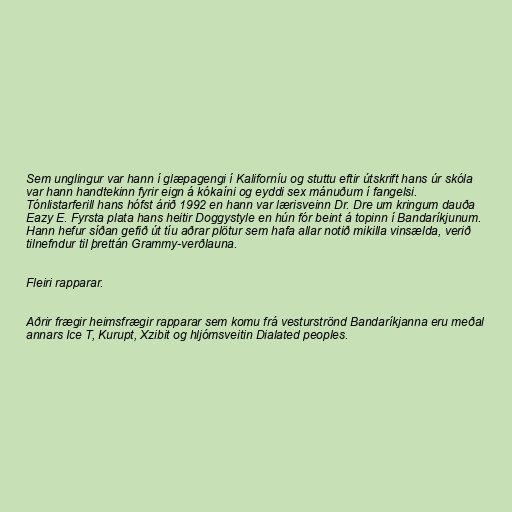
Sem unglingur var hann í glæpagengi í Kaliforníu og stuttu eftir útskrift hans úr skóla
var hann handtekinn fyrir eign á kókaíni og eyddi sex mánuðum í fangelsi.
Tónlistarferill hans hófst árið 1992 en hann var lærisveinn Dr. Dre um kringum dauða
Eazy E. Fyrsta plata hans heitir Doggystyle en hún fór beint á topinn í Bandaríkjunum.
Hann hefur síðan gefið út tíu aðrar plötur sem hafa allar notið mikilla vinsælda, verið
tilnefndur til þrettán Grammy-verðlauna.

Fleiri rapparar.

Aðrir frægir heimsfrægir rapparar sem komu frá vesturströnd Bandaríkjanna eru meðal
annars Ice T, Kurupt, Xzibit og hljómsveitin Dialated peoples.